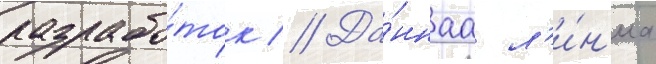
разрабо́ток // Да́ннаа л'и́н'иа